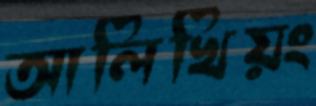
আলিখিয়ং